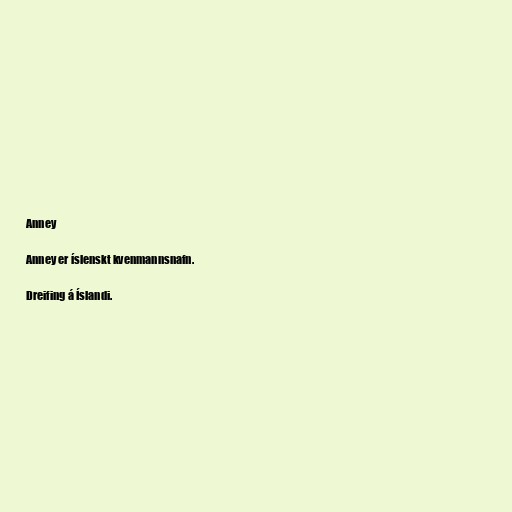
Anney

Anney er íslenskt kvenmannsnafn.

Dreifing á Íslandi.